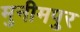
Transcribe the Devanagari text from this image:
मुनीमपुर